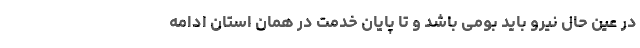
در عین حال نیرو باید بومی باشد و تا پایان خدمت در همان استان ادامه